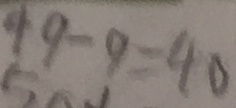
4 9 - 9 = 4 0